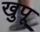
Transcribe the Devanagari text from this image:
खुपू